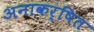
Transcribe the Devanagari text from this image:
अनाकर्षित